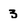
Character: 3